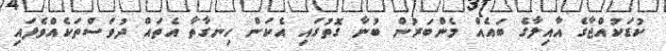
ކުޑަކުއްޖާގެ އާއިލާގެ ބައެއް މެންބަރުން ބުނާ ގޮތުގައި އެކަން ހިނގާތާ އެތައް ދުވަސްތަކެއްވެފައި